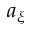
a _ { \xi }